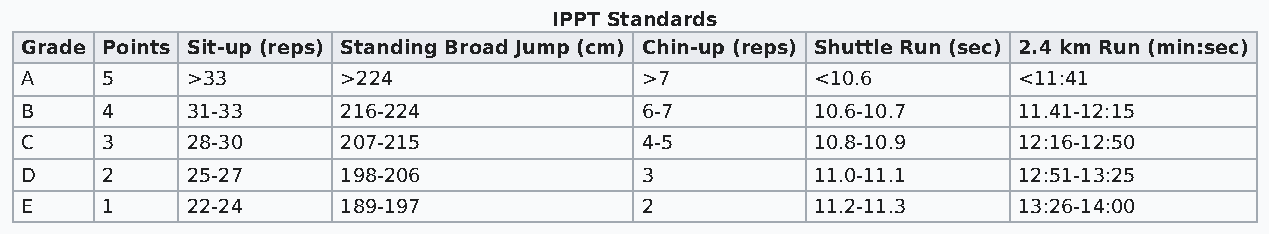
IPPT Standards
 Grade Points Sit-up (reps) Standing Broad Jump (cm) Chin-up (reps) Shuttle Run (sec) 2.4 km Run (min:sec)
 A     5    >33        >224               >7          <10.6        <11:41
 B     4    31-33      216-224            6-7         10.6-10.7    11.41-12:15
 C     3    28-30      207-215            4-5         10.8-10.9    12:16-12:50
 D     2    25-27      198-206            3           11.0-11.1    12:51-13:25
 E     1    22-24      189-197            2           11.2-11.3    13:26-14:00